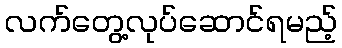
လက်တွေ့လုပ်ဆောင်ရမည့်